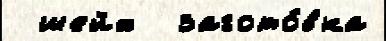
 шейх  загото́вка